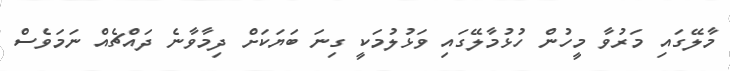
މާލޭގައި މަރުވާ މީހުން ހުޅުމާލޭގައި ވަޅުލުމަކީ ގިނަ ބަޔަކަށް ދިމާވާނެ ދައްޗެއް ނަމަވެސް